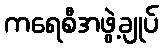
ကရေစီအဖွဲ့ချုပ်